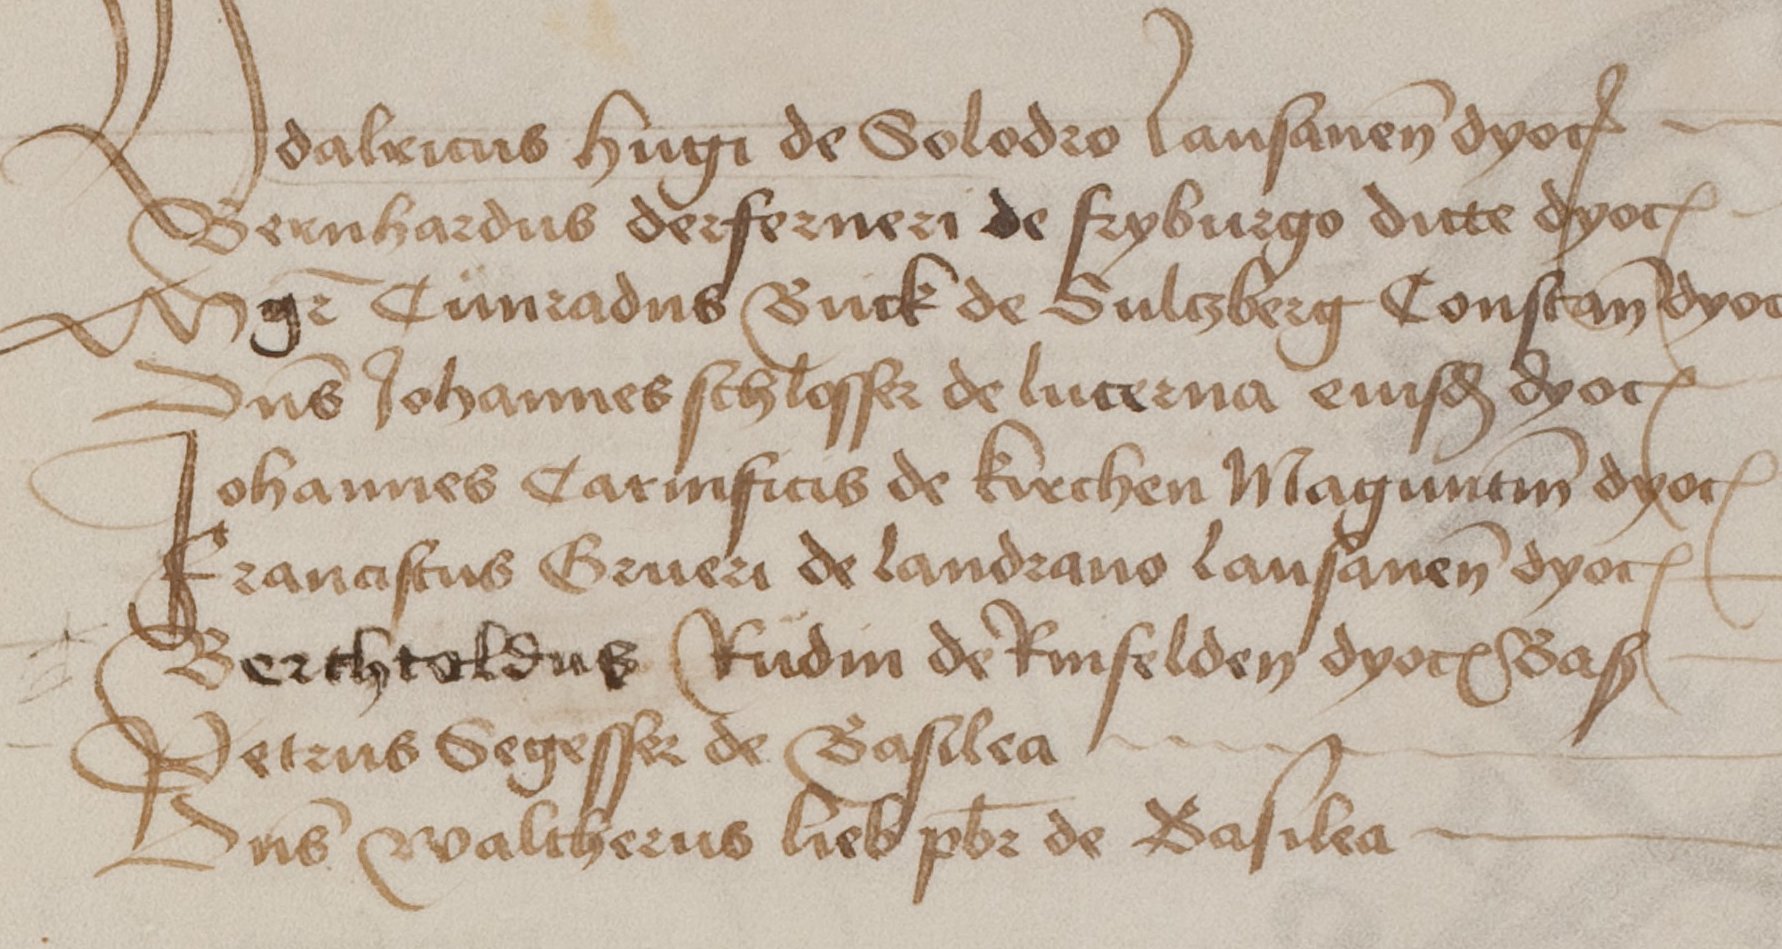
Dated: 1460–1567